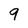
Character: 9